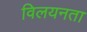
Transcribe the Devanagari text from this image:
विलयनता